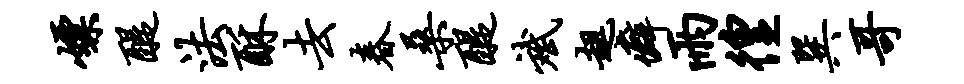
嫖醍法酥去春桑醍斌趄癖雨徨巽哥